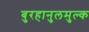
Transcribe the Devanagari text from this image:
बुरहानुलमुल्क